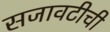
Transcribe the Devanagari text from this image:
सजावटीची